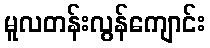
မူလတန်းလွန်ကျောင်း